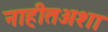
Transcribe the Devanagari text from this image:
नाहीतअशा